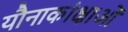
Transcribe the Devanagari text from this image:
यौनाकांक्षाओं